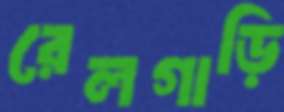
রেলগাড়ি